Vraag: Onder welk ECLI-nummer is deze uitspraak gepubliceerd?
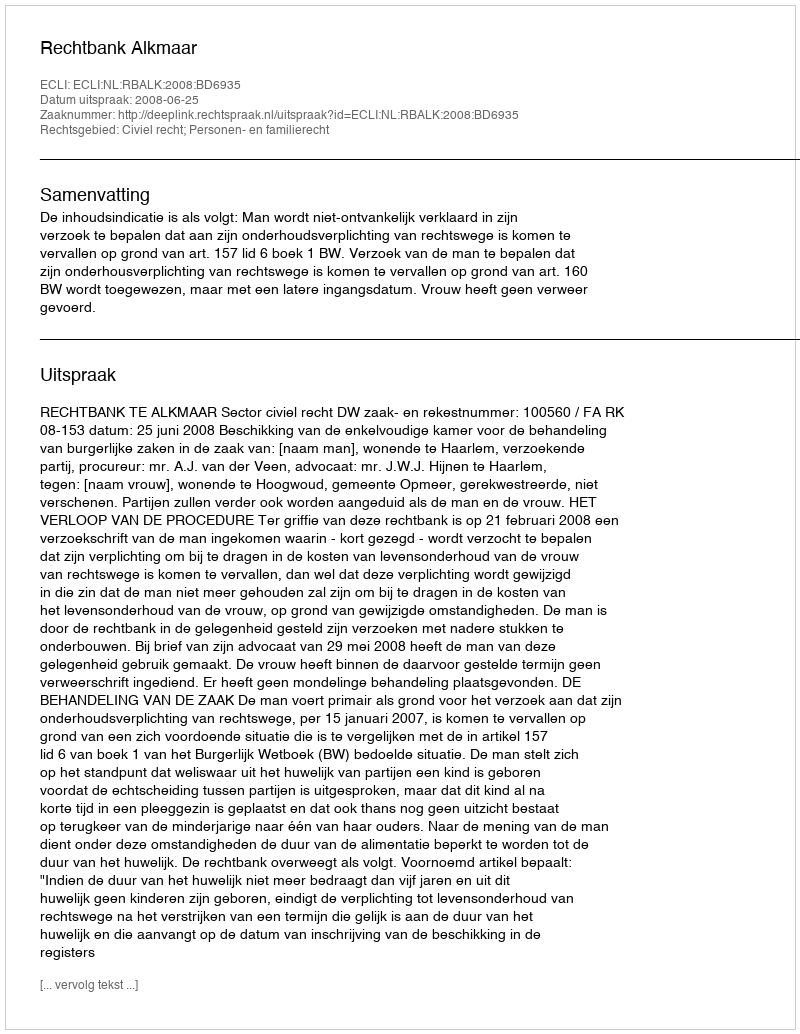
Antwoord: ECLI:NL:RBALK:2008:BD6935